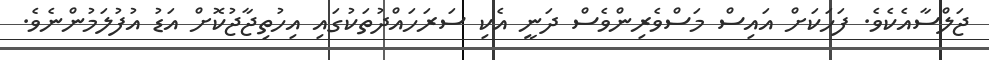
ޖަލްސާއެކެވެ. ފަހަކަށް އައިސް މަސްވެރިންވެސް ދަނީ އެކި ސަރަހައްދުތަކުގައި އިހުތިޖާޖުކޮށް އަޑު އުފުލަމުންނެވެ.